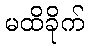
မထိခိုက်